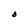
Character: d